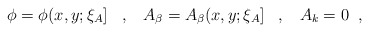
\begin{align*} \phi=\phi(x,y;\xi_{A}] \;\;\;,\;\;\; A_{\beta}=A_{\beta}(x,y;\xi_{A}] \;\;\;, \;\;\; A_{k}=0 \;\;,\end{align*}